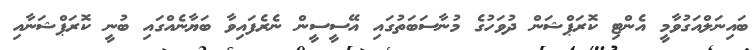
ބައިނަލްއަގުވާމީ އެންޓި ކޮރަޕްޝަން ދުވަހުގެ މުނާސަބަތުގައި އޭސީސީން ނެރެފައިވާ ބަޔާނެއްގައި ބުނީ ކޮރަޕްޝަނާއި